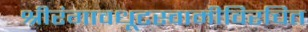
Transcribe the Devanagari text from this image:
श्रीरंगावधूटस्वामीविरचित